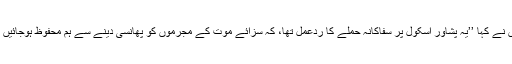
انہوں نے کہا ’’یہ پشاور اسکول پر سفاکانہ حملے کا ردّعمل تھا، کہ سزائے موت کے مجرموں کو پھانسی دینے سے ہم محفوظ ہوجائیں گے۔